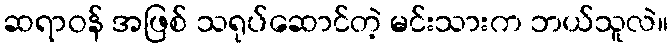
ဆရာဝန် အဖြစ် သရုပ်ဆောင်တဲ့ မင်းသားက ဘယ်သူလဲ။